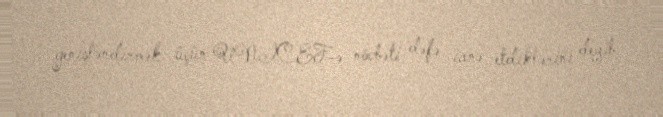
genişləndirmək üçün UNICEF-ə növbəti dəfə ianə etdiklərini deyib.